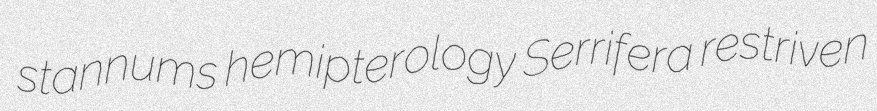
stannums hemipterology Serrifera restriven